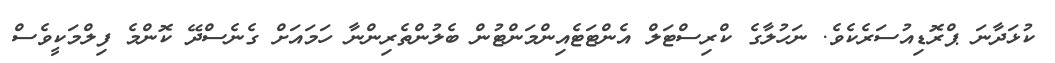
ކުޅަދާނަ ޕްރޮޑިއުސަރެކެވެ. ނަހުލާގެ ކްރިސްޓަލް އެންޓަޓެއިންމަންޓުން ބެލުންތެރިންނާ ހަމައަށް ގެނެސްދޭ ކޮންމެ ފިލްމަކީވެސް